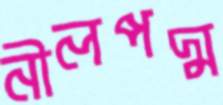
নীলপদ্ম